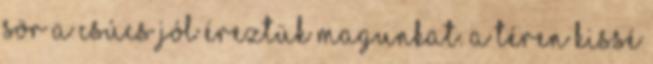
sör a csúcs Jól éreztük magunkat. A téren kissé